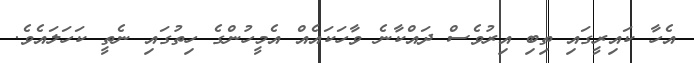
އެހާ ކައިރީގައި ތިބި އިރުވެސް ދައްކާނެ ވާހަކައެއް އެމީހުންގެ ހިތުގައި ނެތީ ކަހަލައެވެ.